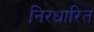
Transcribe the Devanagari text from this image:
निरधारित